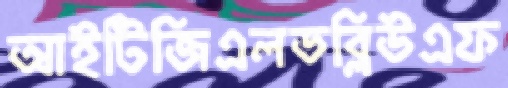
আইটিজিএলডব্লিউএফ